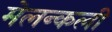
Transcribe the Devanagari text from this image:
मेलन्कली